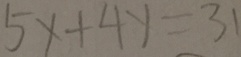
5 x + 4 y = 3 1